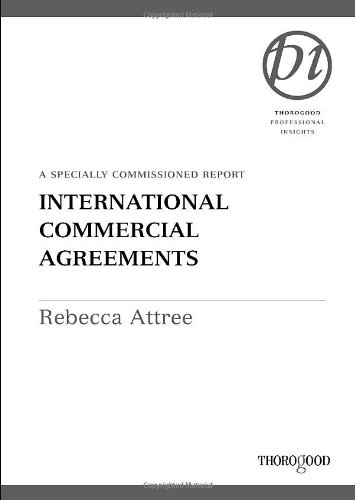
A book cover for International Commercial Agreements (Thorogood Reports); Rebecca Attree; Law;